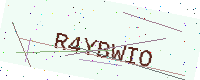
Text: R4YBWIO